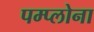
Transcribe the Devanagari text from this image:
पम्प्लोना